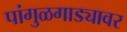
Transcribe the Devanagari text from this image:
पांगुळगाड्यावर